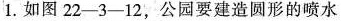
1.如图22-3-12，公园要建造圆形的喷水